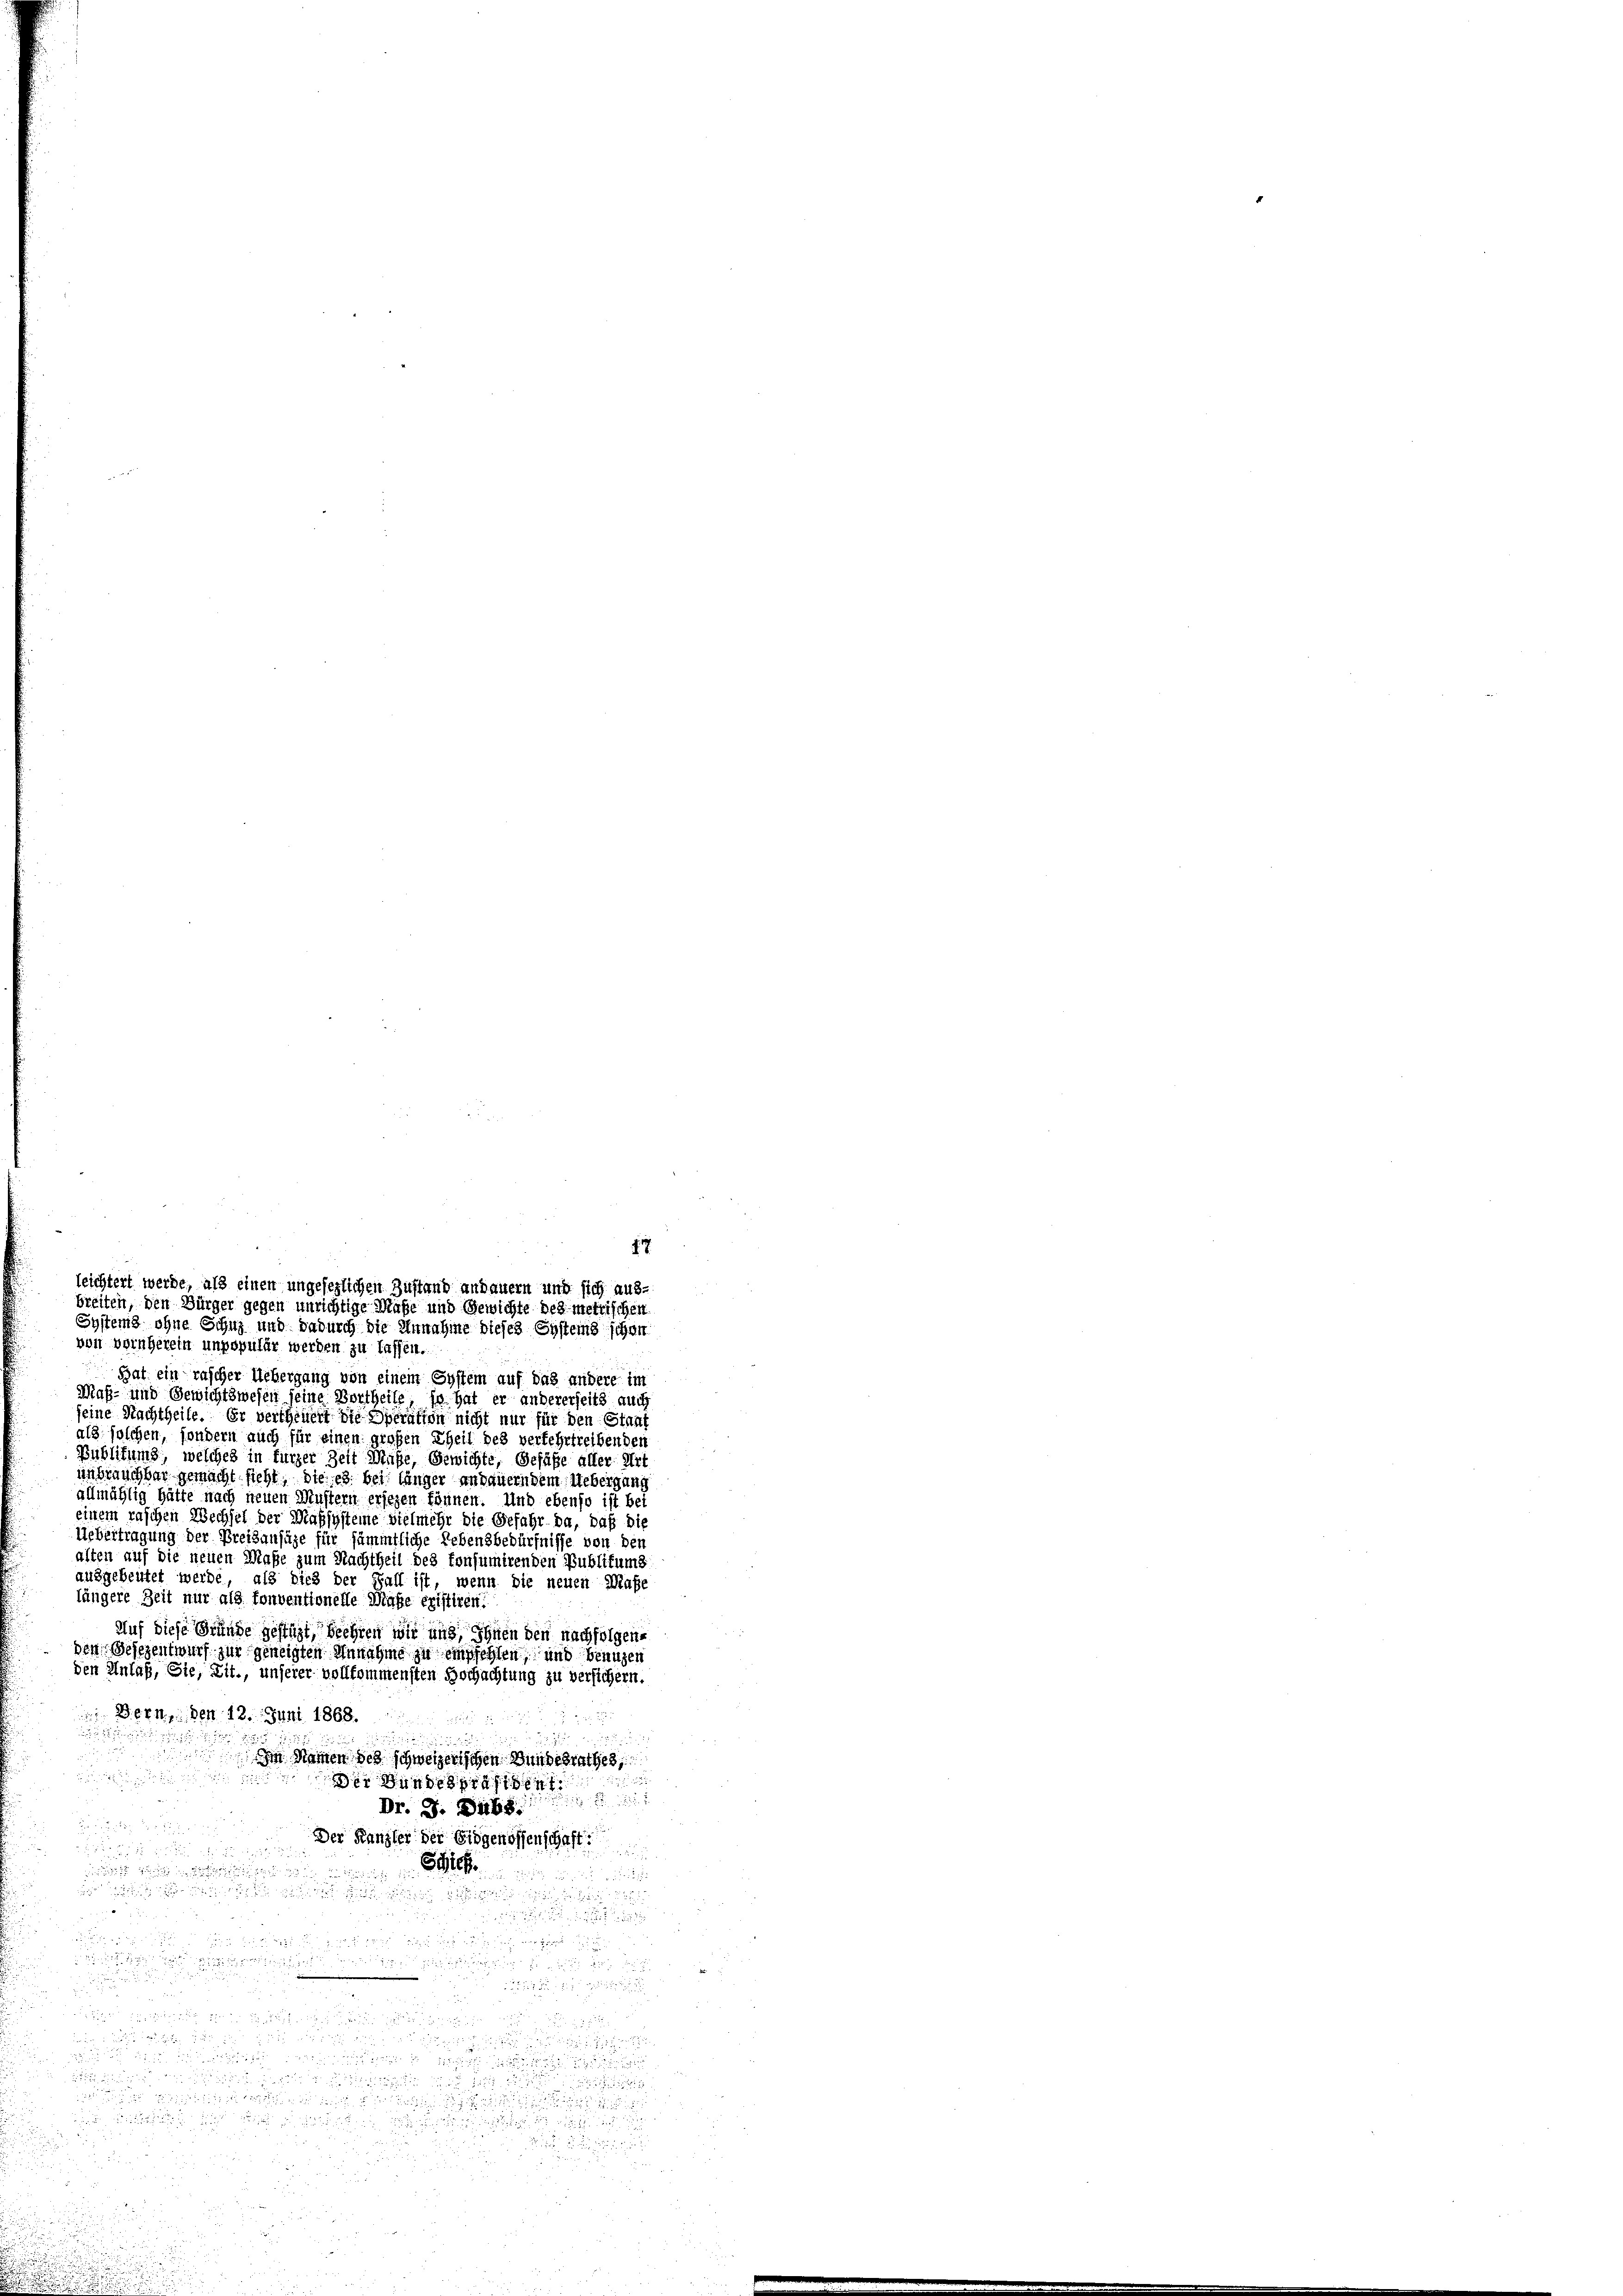
Hat ein rascher Uebergang von einem System auf das andere im
Maß- und Gewichtswesen seine Vortheile, so hat er andererseits auch
seine Nachtheile. Er vertheuert die Operation nicht nur für den Staat
als solchen, sondern auch für einen großen Theil des verfehrtreibenden
Bublikums, welches in fürzer Zeit Muße, Gewichte, Gefüße aller Art
unbrauchbar gemacht, sieht, die es bei länger andauern dem Uebergung
allmählig hätte nach neuen Mustern ersehen können. Und ebenso ist bei
einem raschen Wechsel der Maßsysteme vielmehr die Gefahr da, daß die
Uebertragung der Preisansähe für sämmtliche Lebensbedürfnisse von den
alten auf die neuen Maße zum Nachtheil des konsumirenden Publikums
ausgebeittet werde, als dies der Fall ist, wenn die neuen Maße
längere Zeit nur als tonventionelle Maße existiren.
Auf diese Gründe gestüzt, beehren wir und Ihnen den nachfolgenden Besezentwurf zur geneigten Annahme zu empfehlen, und benuzen
den Anlaß, Sie, Zit., unserer vollkommensten Hochachtung zu versichern.
 Bern, den 12. Juni 1868.

Im Namen des schweizerischen Bundesrathes,

er Bunde
 1857
Dr. J. Dubs
Der Kanzler der Eidgenossenschaft

 nun in die

 ist die

u
x
a

 h e

u

wie der in die der

 und 111 15

u
0

E

  endli
u
s
28 x
 f 8 x
.

12.
leichtert werde, als einen ungesezlichen Zustand andauern und sich aus-
breiten, den Bürger gegen unrichtige Maße und Gewichte des metrischen
Systems ohne Schuz und dadurch die Annahme dieses Systems schon
von vornherein unpopulär werden zu lassen.